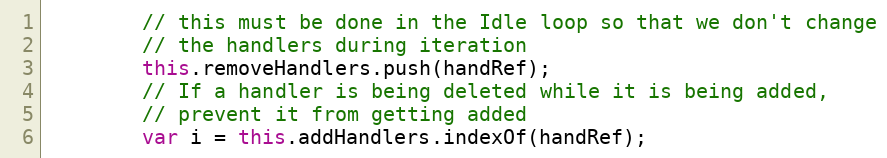
Language: JavaScript
        // this must be done in the Idle loop so that we don't change
        // the handlers during iteration
        this.removeHandlers.push(handRef);
        // If a handler is being deleted while it is being added,
        // prevent it from getting added
        var i = this.addHandlers.indexOf(handRef);